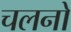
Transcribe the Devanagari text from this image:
चलनो